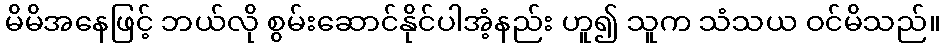
မိမိအနေဖြင့် ဘယ်လို စွမ်းဆောင်နိုင်ပါအံ့နည်း ဟူ၍ သူက သံသယ ဝင်မိသည်။